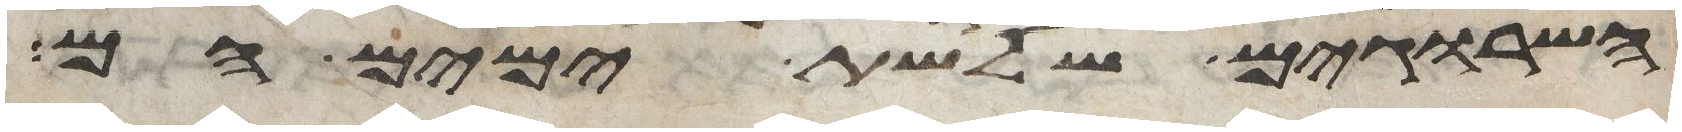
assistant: השרוגים שלשת ימים הם